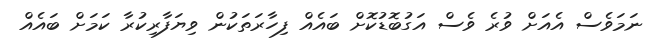
ނަމަވެސް އެއަށް ވުރެ ވެސް އަގުބޮޑުކޮށް ބައެއް ފިހާރަތަކުން ވިޔަފާރިކުރާ ކަމަށް ބައެއް